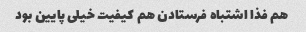
هم فذا اشتباه فرستادن هم کیفیت خیلی پایین بود